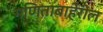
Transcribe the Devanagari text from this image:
गणिताबाहेरील